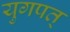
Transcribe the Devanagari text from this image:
युगपत्